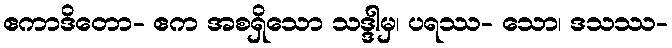
ဧကာဒိတော- ဧက အစရှိသော သဒ္ဒါမှ၊ ပရဿ- သော၊ ဒသဿ-